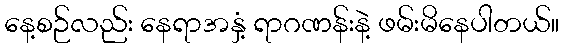
နေ့စဉ်လည်း နေရာအနှံ့ ရာဂဏန်းနဲ့ ဖမ်းမိနေပါတယ်။